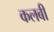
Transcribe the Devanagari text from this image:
कलबी